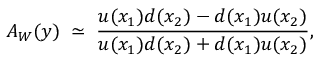
A _ { W } ( y ) \; \simeq \; \frac { u ( x _ { 1 } ) d ( x _ { 2 } ) - d ( x _ { 1 } ) u ( x _ { 2 } ) } { u ( x _ { 1 } ) d ( x _ { 2 } ) + d ( x _ { 1 } ) u ( x _ { 2 } ) } ,